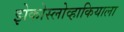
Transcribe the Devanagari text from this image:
झेकोस्लोव्हाकियाला